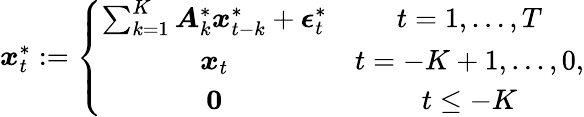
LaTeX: \begin{array}{r}{\boldsymbol{x}_{t}^{*}:=\left\lbrace\begin{array}{cc}{\sum_{k=1}^{K}\boldsymbol{A}_{k}^{*}\boldsymbol{x}_{t-k}^{*}+\boldsymbol{\epsilon}_{t}^{*}}&{t=1,\dots,T}\\ {\boldsymbol{x}_{t}}&{t=-K+1,\dots,0,}\\ {\boldsymbol{0}}&{t\leq-K}\end{array}\right.}\end{array}